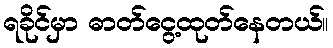
ရခိုင်မှာ ဓာတ်ငွေ့ထုတ်နေတယ်။